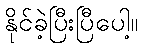
နိုင်ခဲ့ပြီးပြီပေါ့။